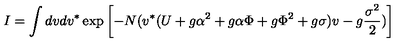
I = \int d v d v ^ { \ast } \exp \left[ - N ( v ^ { \ast } ( U + g \alpha ^ { 2 } + g \alpha \Phi + g \Phi ^ { 2 } + g \sigma ) v - g { \frac { \sigma ^ { 2 } } { 2 } } ) \right]